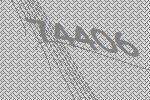
74406